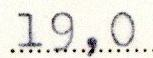
19,0